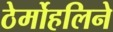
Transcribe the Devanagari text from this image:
ठेर्मोहलिने